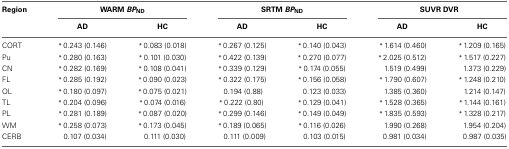
<table><thead><tr><td><b>Region</b></td><td colspan="2"><b>WARM <i>BP</i><sub>ND</sub></b></td><td colspan="2"><b>SRTM <i>BP</i><sub>ND</sub></b></td><td colspan="2"><b>SUVR DVR</b></td></tr><tr><td></td><td><b>AD</b></td><td><b>HC</b></td><td><b>AD</b></td><td><b>HC</b></td><td><b>AD</b></td><td><b>HC</b></td></tr></thead><tbody><tr><td>CORT</td><td><sup>*</sup>0.243 (0.146)</td><td><sup>*</sup>0.083 (0.018)</td><td><sup>*</sup>0.267 (0.125)</td><td><sup>*</sup>0.140 (0.043)</td><td><sup>*</sup>1.614 (0.460)</td><td><sup>*</sup>1.209 (0.165)</td></tr><tr><td>Pu</td><td><sup>*</sup>0.280 (0.163)</td><td><sup>*</sup>0.101 (0.030)</td><td><sup>*</sup>0.422 (0.139)</td><td><sup>*</sup>0.270 (0.077)</td><td><sup>*</sup>2.025 (0.512)</td><td><sup>*</sup>1.517 (0.227)</td></tr><tr><td>CN</td><td><sup>*</sup>0.282 (0.169)</td><td><sup>*</sup>0.108 (0.041)</td><td><sup>*</sup>0.339 (0.129)</td><td><sup>*</sup>0.174 (0.055)</td><td>1.519 (0.499)</td><td>1.373 (0.229)</td></tr><tr><td>FL</td><td><sup>*</sup>0.285 (0.192)</td><td><sup>*</sup>0.090 (0.023)</td><td><sup>*</sup>0.322 (0.175)</td><td><sup>*</sup>0.156 (0.058)</td><td><sup>*</sup>1.790 (0.607)</td><td><sup>*</sup>1.248 (0.210)</td></tr><tr><td>OL</td><td><sup>*</sup>0.180 (0.097)</td><td><sup>*</sup>0.075 (0.021)</td><td>0.194 (0.88)</td><td>0.123 (0.033)</td><td>1.385 (0.360)</td><td>1.214 (0.147)</td></tr><tr><td>TL</td><td><sup>*</sup>0.204 (0.096)</td><td><sup>*</sup>0.074 (0.016)</td><td><sup>*</sup>0.222 (0.80)</td><td><sup>*</sup>0.129 (0.041)</td><td><sup>*</sup>1.528 (0.365)</td><td><sup>*</sup>1.144 (0.161)</td></tr><tr><td>PL</td><td><sup>*</sup>0.281 (0.189)</td><td><sup>*</sup>0.087 (0.020)</td><td><sup>*</sup>0.299 (0.146)</td><td><sup>*</sup>0.149 (0.049)</td><td><sup>*</sup>1.835 (0.593)</td><td><sup>*</sup>1.328 (0.217)</td></tr><tr><td>WM</td><td><sup>*</sup>0.258 (0.073)</td><td><sup>*</sup>0.173 (0.045)</td><td><sup>*</sup>0.189 (0.065)</td><td><sup>*</sup>0.116 (0.026)</td><td>1.990 (0.268)</td><td>1.954 (0.204)</td></tr><tr><td>CERB</td><td>0.107 (0.034)</td><td>0.111 (0.030)</td><td>0.111 (0.009)</td><td>0.103 (0.015)</td><td>0.981 (0.034)</td><td>0.987 (0.035)</td></tr></tbody></table>